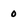
Character: 0